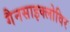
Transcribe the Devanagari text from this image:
गैनसाइक्लोविर